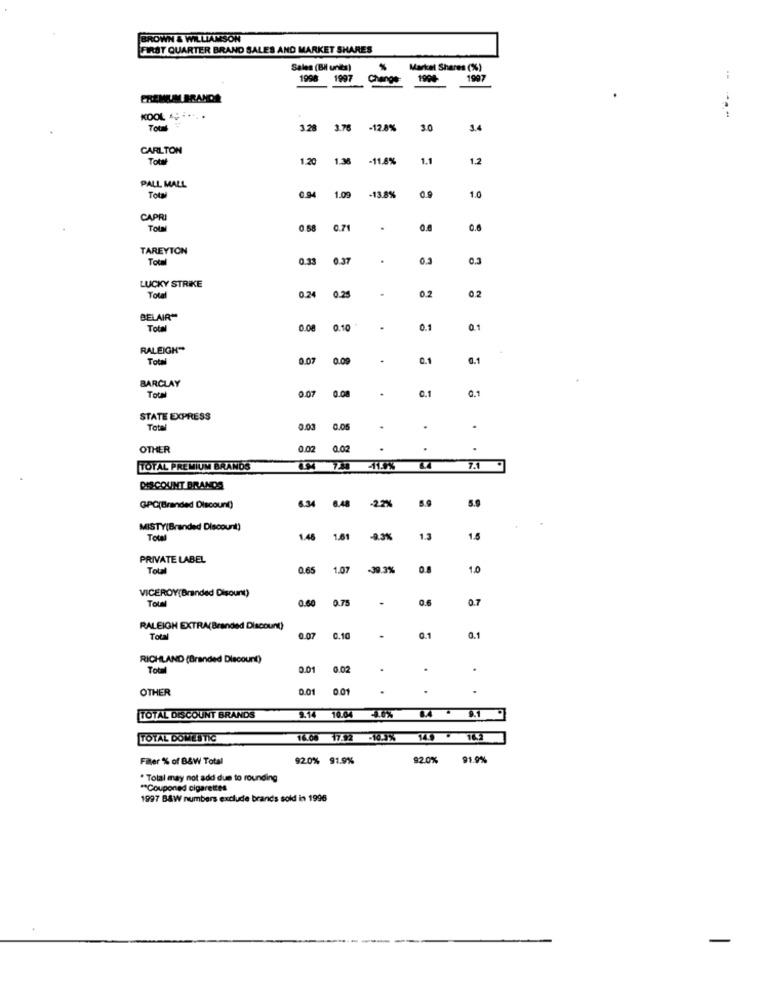
BROWN & WILLIAMSON
FIRST QUARTER BRAND SALES AND MARKET SHARES
Sales (Bil units)
Market Shares (%)
1998
1997
Change
1900
1997
FREMELAL BRANDS
Total
3.28
3.78
-12.8%
3.0
3.4
CARLTON
Tot
1.20
1.M
-11.8%
1.1
1.2
PALL MALL
Total
0.94
1.09
-13.8%
0.9
1.0
CAPR
Total
0.58
0.71
0.0
0.6
TAREYTON
Total
0.33
0.37
.
0.3
0.3
LUCKY STRIKE
Total
0.24
0.25
0.2
0.2
BELAIR"
Total
0.00
2.10
0.1
RALEIGH **
Total
0.07
0.0
0.1
0.1
BARCLAY
0.07
ToUN
0.00
.
0.1
0.1
STATE EXPRESS
Total
0.03
0.06
.
.
.
OTHER
0.02
0.02
.
.
TOTAL PREMIUM BRANDS
11.9%
7.1
DESCOUNT BRANDS
6.34
2.7%
GPC(Branded Discount)
MISTY(Branded Discount)
Total
1.46
1.61
-9.3%
1.3
1.5
PRIVATE LABEL
Total
0.65
1.07
.39.3%
0.8
1.0
VICEROY(Branded Disount)
Total
0.60
0.75
0.6
0.7
RALEIGH EXTRA(Branded Discount)
Total
0.07
0.10
0.1
0.1
RICHLAND (Branded Discount)
Total
0.01
0.02
.
.
OTHER
0.01
0.01
TOTAL DISCOUNT BRANDS
9.14 10.04
TOTAL DOMESTIC
16.00 17.52
-10.3%
149 - 14.3
Filter % of B&W Total
920% 91.9%
92.0% 91.9%
. Total may not add due to rounding
"Couponed cigarettes
1997 B&W numbers exclude brands sold in 1996